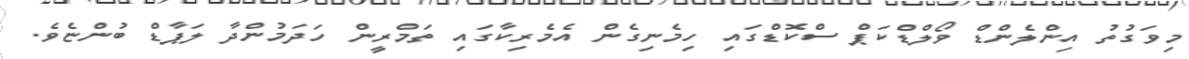
މިވަގުތު އިންލެންޑް ވޯލްޑްކަޕް ސްކޮޑްގައި ހިމެނިގެން އެމެރިކާގައި ތަމްރީން ހަދަމުންދާ ލަޕާޑް ބުންޏެވެ.